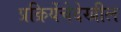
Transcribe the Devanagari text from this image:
प्रक्रियेंचेदेखील